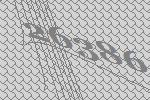
26386